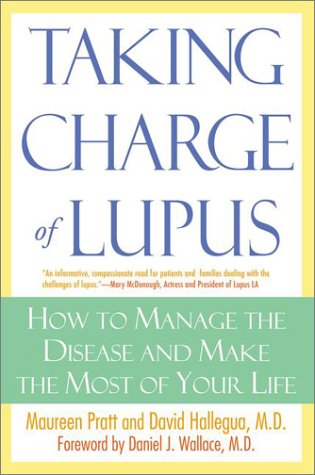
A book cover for Taking Charge of Lupus:: How to Manage the Disease and Make the Most of Your LIfe; Maureen Pratt; Health, Fitness & Dieting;